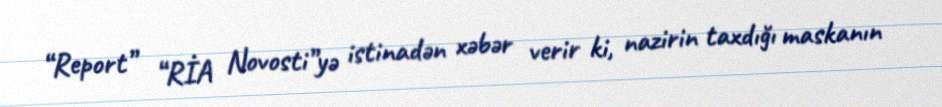
“Report” “RİA Novosti”yə istinadən xəbər verir ki, nazirin taxdığı maskanın